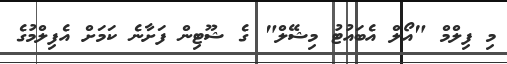
މި ފިލްމް "އޯލް އެބައުޓު މިޝޭލް" ގެ ޝޫޓިން ފަށާނެ ކަމަށް އެފިލްމުގެ